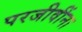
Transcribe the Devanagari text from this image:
परजीवींना